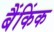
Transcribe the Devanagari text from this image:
बैंकिंक